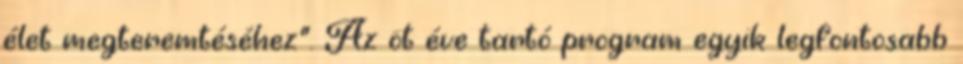
élet megteremtéséhez”. Az öt éve tartó program egyik legfontosabb